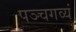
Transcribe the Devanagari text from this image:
पञ्चगव्यं